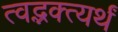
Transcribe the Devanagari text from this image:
त्वद्भक्त्यर्थं